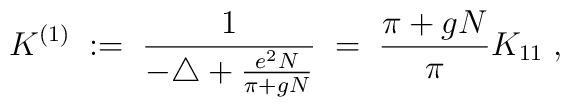
K^{(1)} \; := \; \frac{1}{-\triangle + \frac{e^2 N}{\pi + gN}} \; = \;\frac{\pi + gN}{\pi} K_{1 1} \; ,